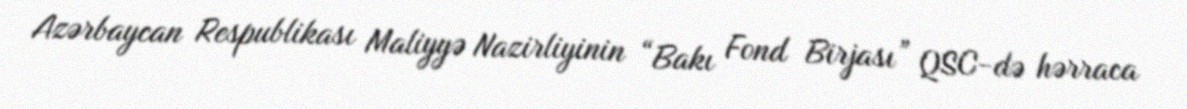
Azərbaycan Respublikası Maliyyə Nazirliyinin “Bakı Fond Birjası” QSC-də hərraca